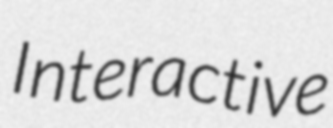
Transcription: Interactive